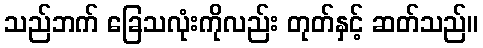
သည်ဘက် ခြေသလုံးကိုလည်း တုတ်နှင့် ဆတ်သည်။